Indian journal of veterinary science and animal husbandry - Volumes 22-23, 1952-1953
Year: 1952
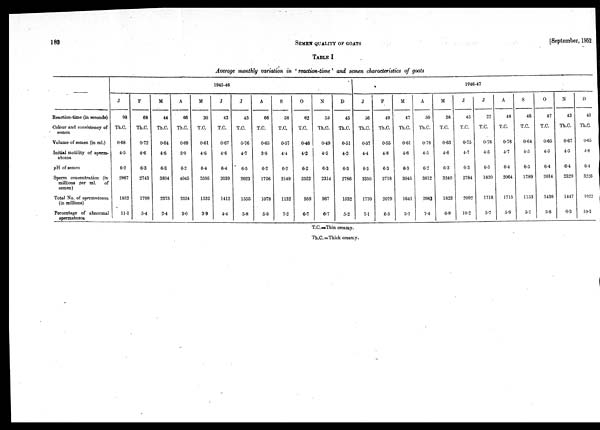
182
SEMEN
QUALITY
OF
GOATS
[September, 1952
TABLE I
Average monthly variation in 'reaction-time' and semen characteristics of goats
Reaction.time (in seconds)
Colour and consistency of
semen
Volume of semen (in ml.)
Initial motility of sperm-
atozoa
pH of semen
Sperm concentration (in
millions per ml.
of
semen)
Total No. of spermatozoa
(in millions)
Percentage of abnormal
spermatozoa
1945-46
J
98
Th.C.
0.68
4.5
6.2
2967
1852
11.1
F
68
Th.C.
0.72
4.6
6.3
2743
1799
5.4
M
44
Th.C.
0.64
4.6
6.3
3804
2375
2.4
A
66
Th.C.
0.69
5.0
6.2
4045
2524
3.0
M
30
T.C.
0.61
4.6
6.4
2595
1532
3.9
J
43
T.C.
0.67
4.6
6.4
2039
1412
4.4
J
45
T.C.
0.76
4.7
6.5
2023
1555
5.8
A
66
T.C.
0.65
3.8
6.2
1726
1078
5.9
S
58
T.C.
0.57
4.4
6.2
2149
1132
7.2
O
62
T.C.
0.46
4.2
6.2
2522
959
6.7
N
59
Th.C.
0.49
4.5
6.3
2314
967
6.7
D
45
Th.C.
0.51
4.2
6.3
2786
1532
5.2
1946-47
J
56
Th.C.
0.57
4.4
6.3
3350
1770
7.1
F
49
Th.C.
0.55
4.8
6.3
3718
2079
6.5
M
47
Th.C.
0.61
4.6
6.3
3045
1641
5.1
A
50
Th.C.
0.78
4.5
6.2
3812
2983
7.4
M
38
T.C.
0.63
4.6
6.3
3240
1823
6.9
J
45
T.C.
0.75
4.7
0.3
2784
2092
10.2
J
22
T.C.
0.78
4.5
6.5
1820
1718
5.7
A
48
T.C.
0.78
4.7
6.4
2064
1715
5.9
S
46
T.C.
0.64
4.5
6.5
1789
1153
5.1
O
42
T.C.
0.65
4.5
6.4
2014
1438
5.8
N
43
Th.C.
0.67
4.5
6.4
2329
1447
6.3
D
40
Th.C.
0.65
4.8
6.4
3226
1922
10.3
T.C.=Thin creamy.
Th.C.=Thick creamy.